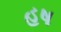
હષ